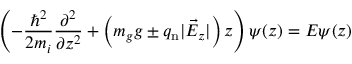
\left( - \frac { \hbar ^ { 2 } } { 2 m _ { i } } \frac { \partial ^ { 2 } } { \partial z ^ { 2 } } + \left( m _ { g } g \pm q _ { \mathrm { n } } | \vec { E } _ { z } | \right) z \right) \psi ( z ) = E \psi ( z )